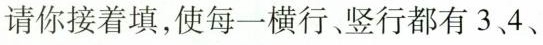
请你接着填，使每一横行、竖行都有3、4、